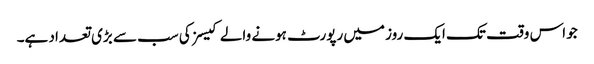
جو اس وقت تک ایک روز میں رپورٹ ہونے والے کیسز کی سب سے بڑی تعداد ہے۔